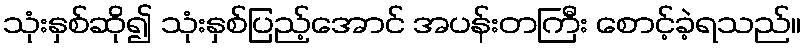
သုံးနှစ်ဆို၍ သုံးနှစ်ပြည့်အောင် အပန်းတကြီး စောင့်ခဲ့ရသည်။